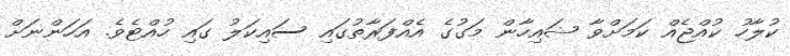
ކުލާހު ކުއްޖެއް ކަމަށްވާ ޝައިހާން މަގުގެ އެއްފަރާތުގައި ސައިކަލު ގައި ހުއްޓެވެ. އަހަންނަށް